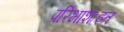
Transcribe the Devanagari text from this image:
परिभाशःइत